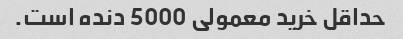
حداقل خرید معمولی 5000 دنده است.